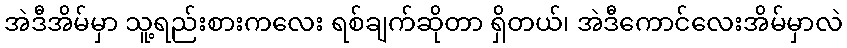
အဲဒီအိမ်မှာ သူ့ရည်းစားကလေး ရစ်ချက်ဆိုတာ ရှိတယ်၊ အဲဒီကောင်လေးအိမ်မှာလဲ